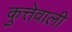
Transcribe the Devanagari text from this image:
कुत्तेवाली